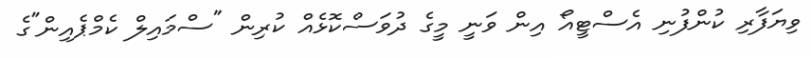
ވިޔަފާރި ކުންފުނި އެސްޓީއޯ އިން ވަނީ މީގެ ދުވަސްކޮޅެއް ކުރިން "ސްމައިލް ކެމްޕެއިން"ގެ